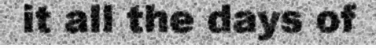
it all the days of